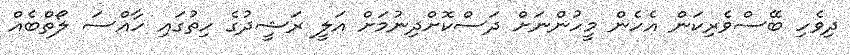
ދިވެހި ބޭސްވެރިކަން އެެހެން މީހުންނަށް ދަސްކޮށްދިނުމަށް އަލީ ރަޝީދުގެ ހިތުގައި ހާއްސަ ލޯތްބެއް